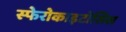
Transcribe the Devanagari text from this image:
स्फेरोकाइटोसिस